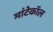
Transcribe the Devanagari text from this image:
मांटेकॉल